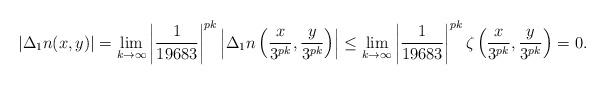
LaTeX: \begin{align*}\left|\Delta_1n(x,y)\right| & = \lim \limits_{k\rightarrow \infty}\left|\frac{1}{19683}\right|^{pk}\left|\Delta_1n\left(\frac{x}{3^{pk}},\frac{y}{3^{pk}}\right)\right| \leq \lim \limits_{k\rightarrow \infty}\left|\frac{1}{19683}\right|^{pk}\zeta\left(\frac{x}{3^{pk}},\frac{y}{3^{pk}}\right)=0.\end{align*}